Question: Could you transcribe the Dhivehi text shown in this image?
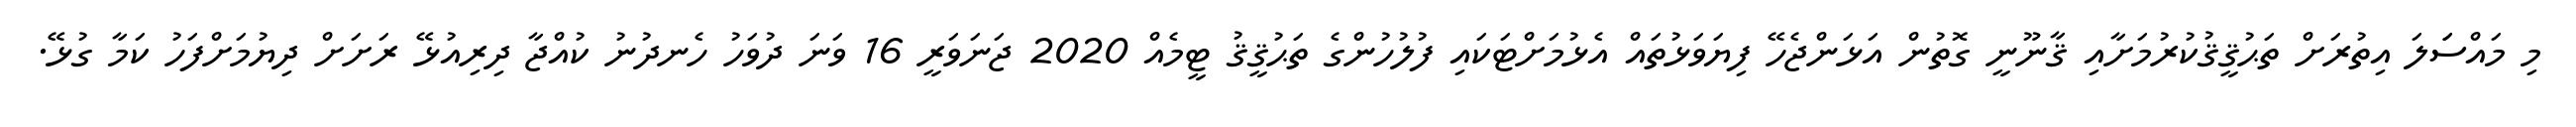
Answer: މި މައްސަަލަ އިތުރަށް ތަޙުޤީޤުކުރުމަށާއި ޤާނޫނީ ގޮތުން އަޅަންޖެހޭ ފިޔަވަޅުތައް އެޅުމަށްޓަކައި ފުލުހުންގެ ތަޙުޤީޤު ޓީމެއް 2020 ޖަނަވަރީ 16 ވަނަ ދުވަހު ހެނދުނު ކުއްޖާ ދިރިއުޅޭ ރަށަށް ދިޔުމަށްފަހު ކަމާ ގުޅޭ.